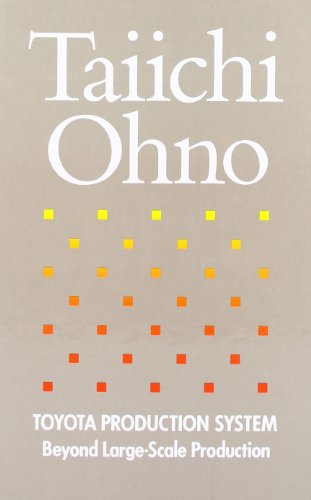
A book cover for Toyota Production System: Beyond Large-Scale Production; Taiichi Ohno; Engineering & Transportation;